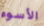
الأسوء